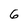
Character: 6